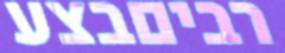
רביםבצע